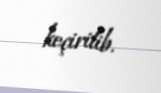
keçirilib.